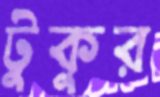
টুকুর